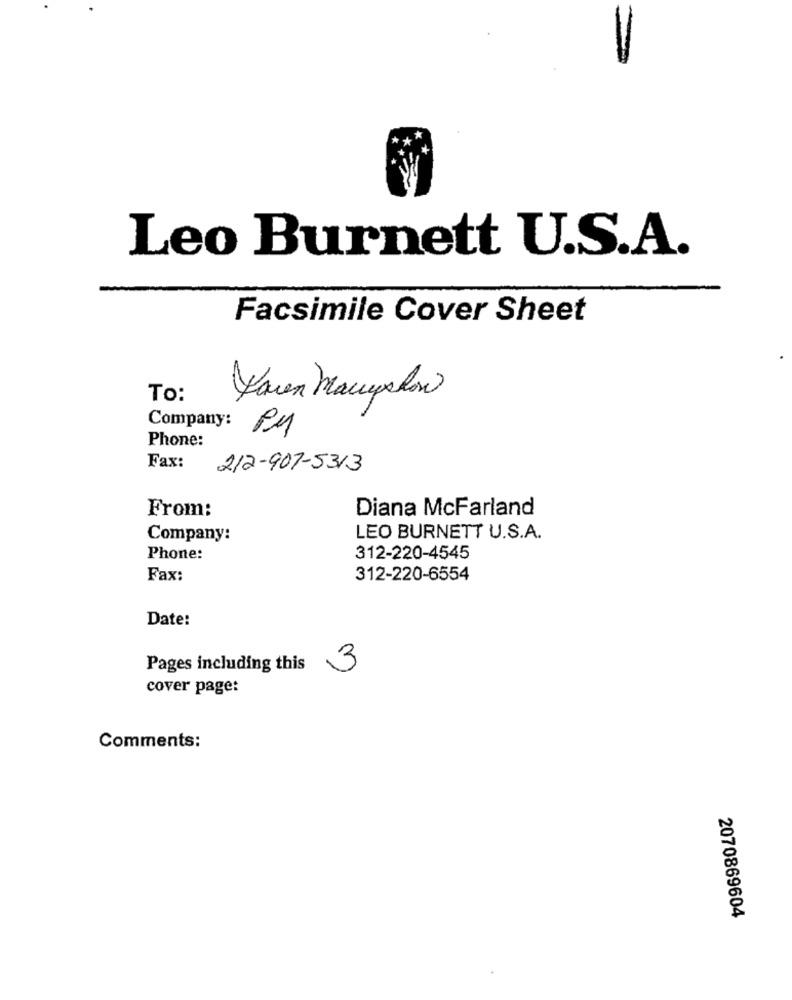
Leo Burnett U.S.A.
Facsimile Cover Sheet
To:
Yoven Manyshow
Company:
PM
Phone:
Fax:
212-907-5313
From:
Diana McFarland
Company:
LEO BURNETT U.S.A.
Phone:
312-220-4545
Fax:
312-220-6554
Date:
Pages including this
3
cover page:
Comments:
2070869604